Vabadussoja_Ajaloo_Komitee, lk 102
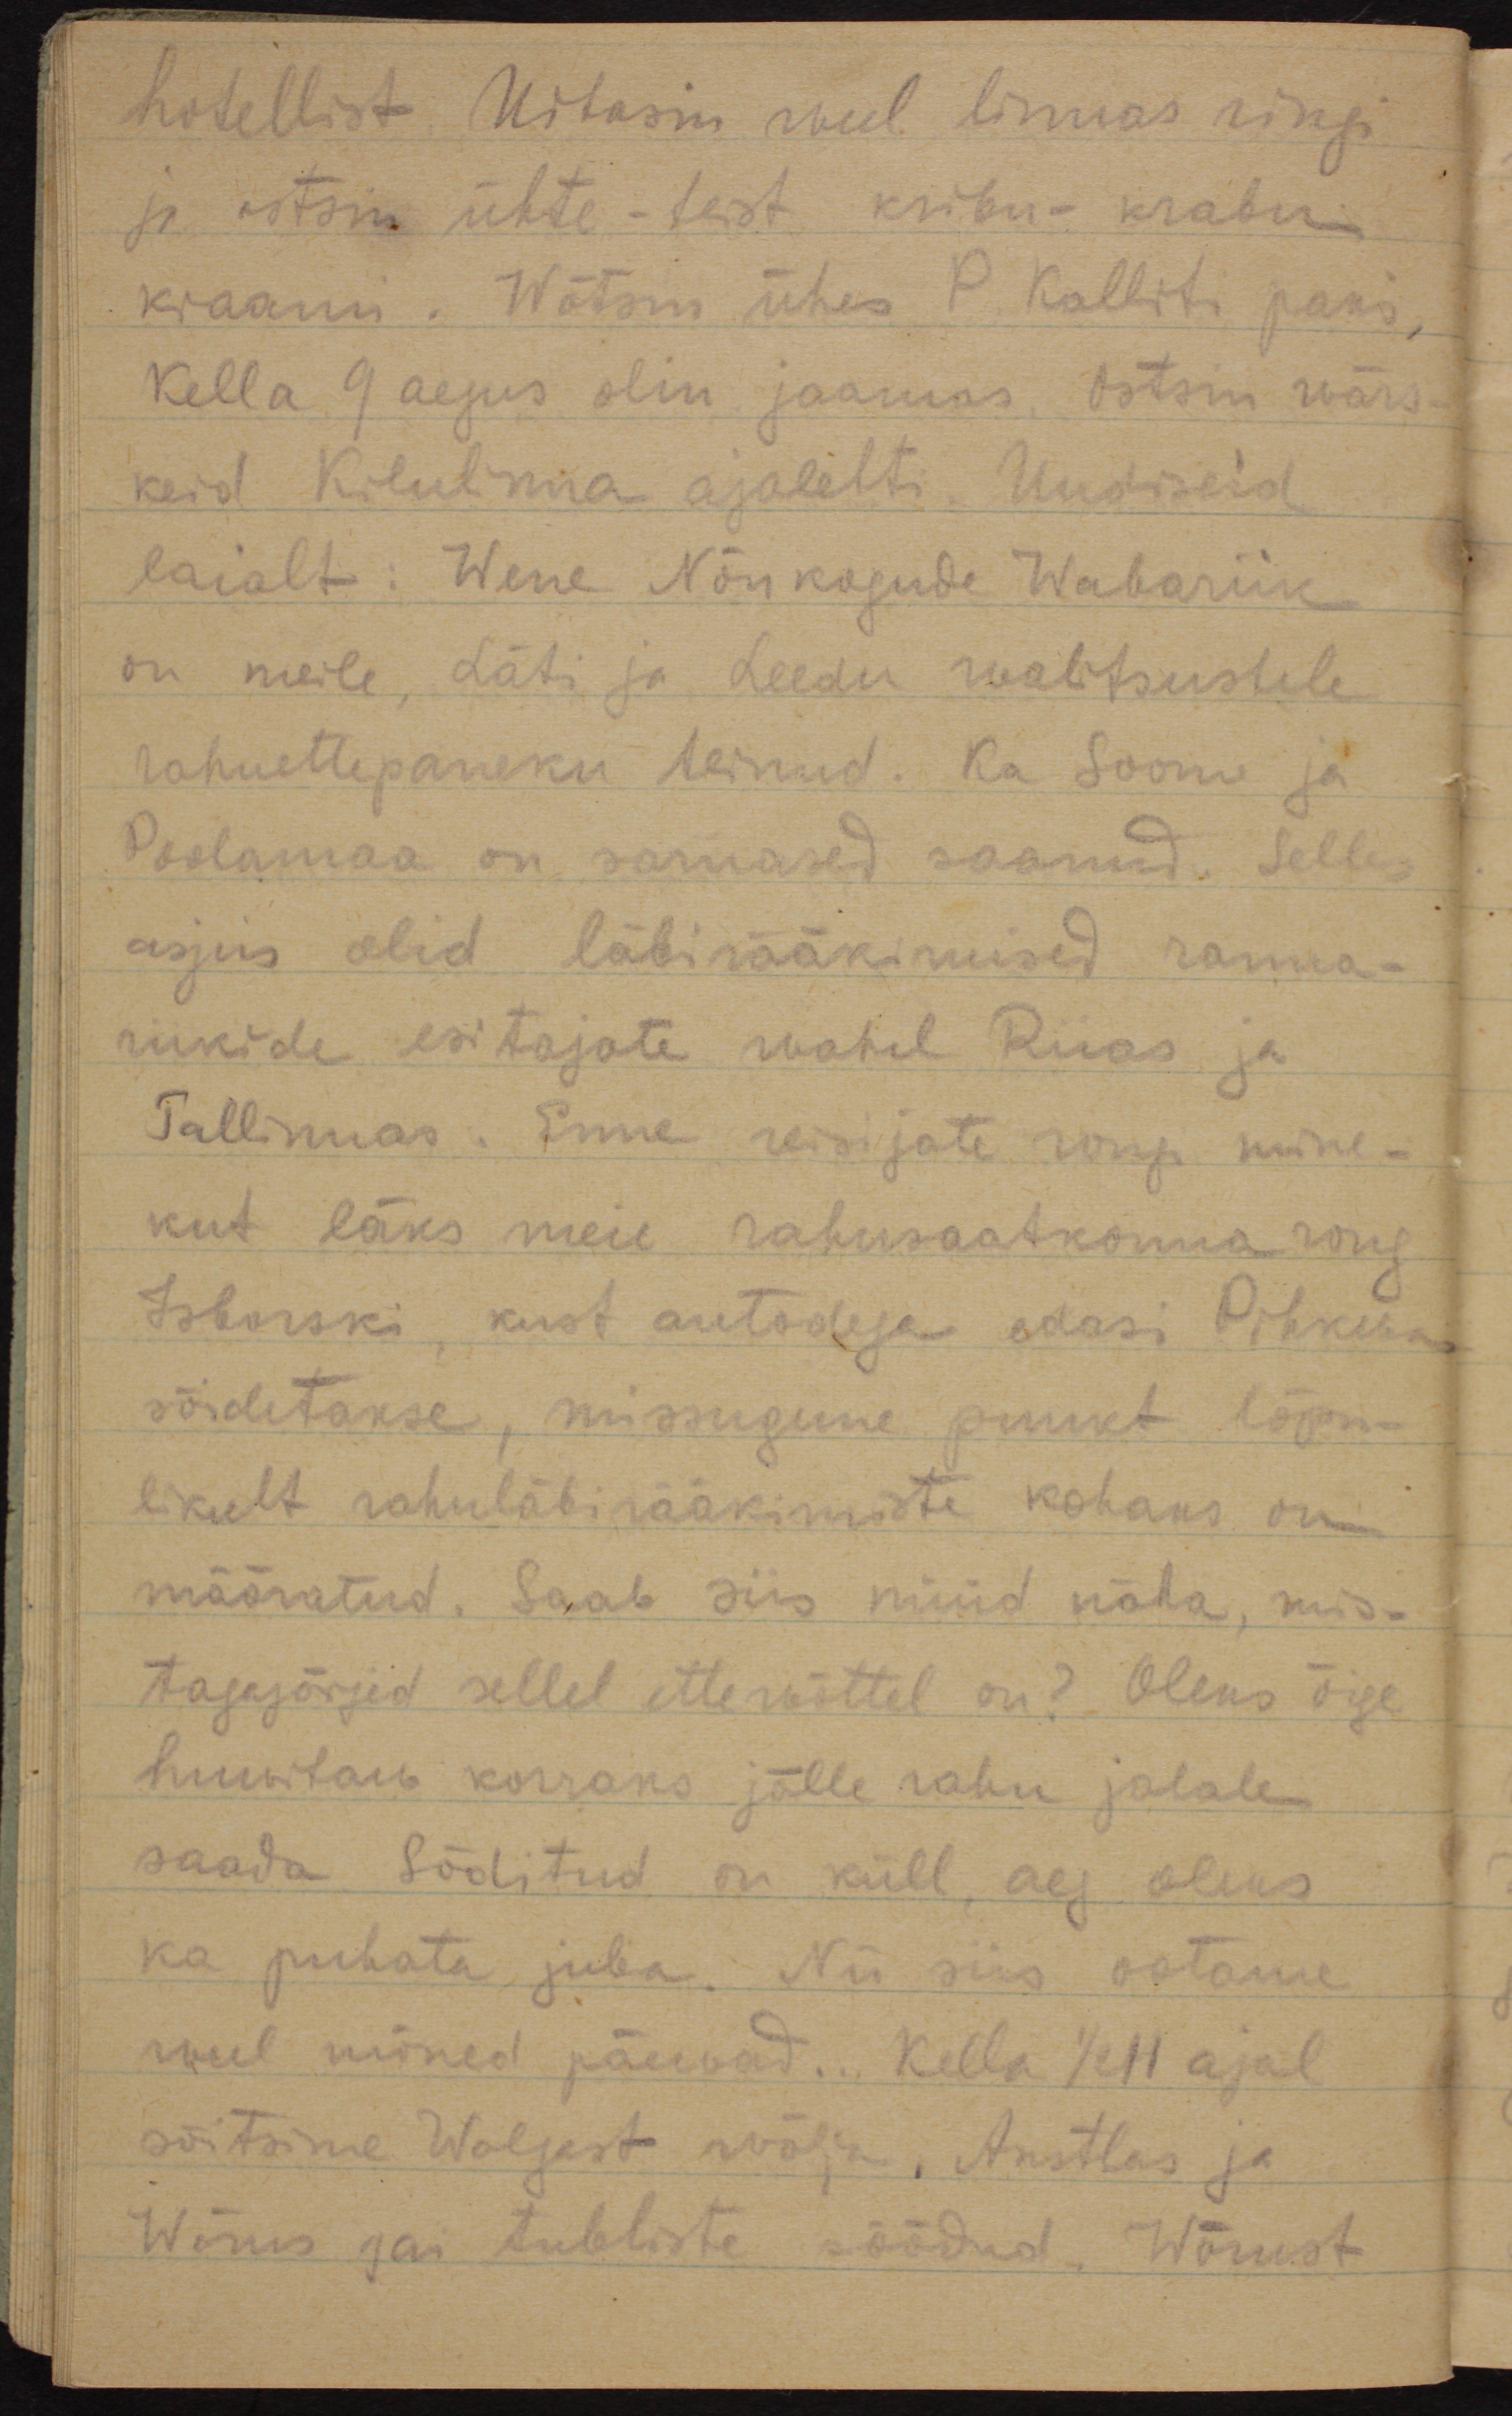
hotellist. Uitasin weel linnas ringi 
ja ostsin ühte-tiest kribu-krabu
kraami. Wõtsin ühes P. Kalliti jaoks.
Kella 9 aegus olin jaamas. Ostsin wärs-
keid Kodulinna ajalehti. Uudiseid
laialt: Wene Nõukogude Wabariik
on meile, Läti ja Leedu walitsustele
rahuettepaneku teinud. Ka Soome ja
Poolamaa on sarnased saanud. Selle
asjus olid läbirääkimised ranna-
riikide esitajate wahel Riias ja
Tallinnas. Enne reisijate rongi mine-
kut läks meie rahusaatkonna rong 
Isborski, kust autodega edasi Pihkwa
sõidetakse, missugune punkt lõp-
likult rahuläbirääkimiste kohaks on 
määratud. Saab siis nüüd näha, mis
tagajärjed sellel ettewõttel on? Oleks õige
huwitav korraks jälle rahu jalale 
saada. Sõditud on küll, aeg oleks 
ka puhata juba. Nii siis ootame
weel mõned päewad. Kella 1/2 11 ajal
sõitsime Walgast wälja, Antslas ja
Wõrus sai tublisti söödud. Wõrust